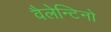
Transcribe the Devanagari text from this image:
वैलेन्टिनो